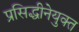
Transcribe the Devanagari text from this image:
प्रसिद्धीनेयुक्त